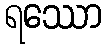
ရဿော